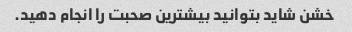
خشن شاید بتوانید بیشترین صحبت را انجام دهید.